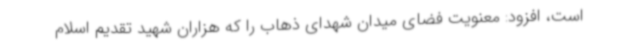
است، افزود: معنویت فضای میدان شهدای ذهاب را که هزاران شهید تقدیم اسلام